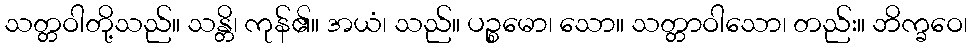
သတ္တဝါတို့သည်။ သန္တိ၊ ကုန်၏။ အယံ၊ သည်။ ပဉ္စမော၊ သော။ သတ္တာဝါသော၊ တည်း။ ဘိက္ခဝေ၊